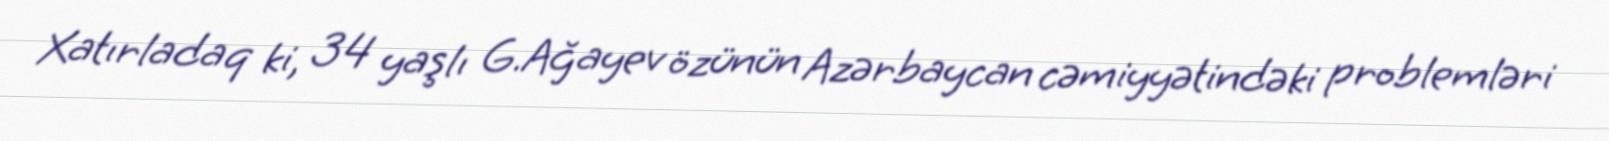
Xatırladaq ki, 34 yaşlı G.Ağayev özünün Azərbaycan cəmiyyətindəki problemləri